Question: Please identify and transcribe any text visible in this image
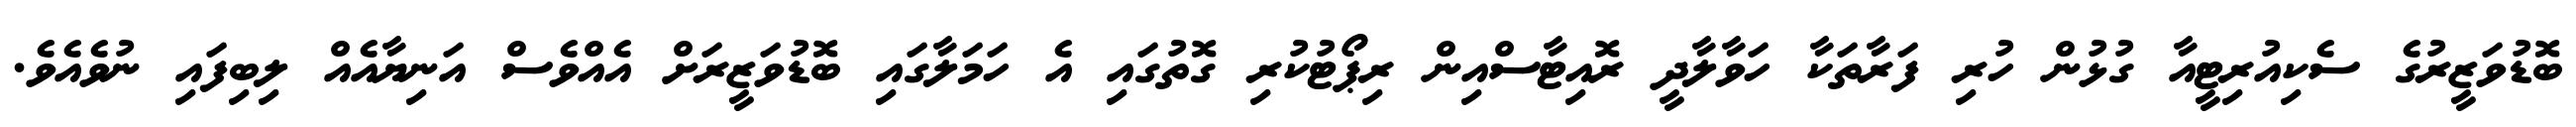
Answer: ބޮޑުވަޒީރުގެ ސެކިއުރިޓީއާ ގުޅުން ހުރި ފަރާތަކާ ހަވާލާދީ ރޮއިޓާސްއިން ރިޕޯޓުކުރި ގޮތުގައި އެ ހަމަލާގައި ބޮޑުވަޒީރަށް އެއްވެސް އަނިޔާއެއް ލިބިފައި ނުވެއެވެ.